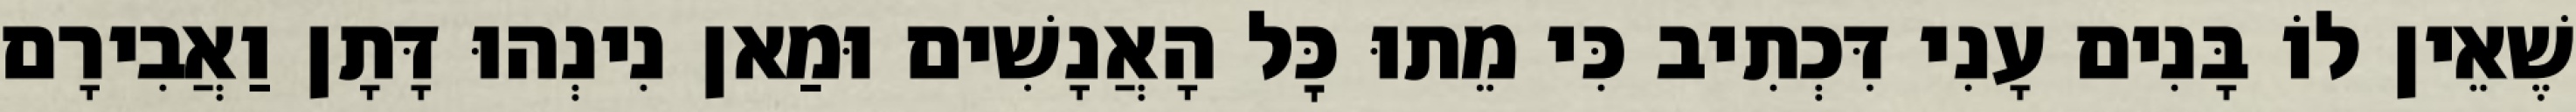
שֶׁאֵין לוֹ בָּנִים עָנִי דִּכְתִיב כִּי מֵתוּ כׇּל הָאֲנָשִׁים וּמַאן נִינְהוּ דָּתָן וַאֲבִירָם